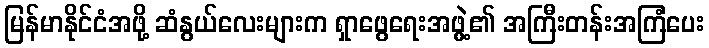
မြန်မာနိုင်ငံအဖို့ ဆံနွယ်လေးများက ရှာဖွေရေးအဖွဲ့၏ အကြီးတန်းအကြံပေး